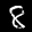
Digit: 8